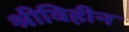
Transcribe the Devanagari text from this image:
श्रीविहीन